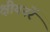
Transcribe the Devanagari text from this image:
क्षीयनरें